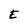
Character: E